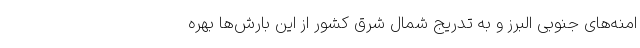
امنه‌های جنوبی البرز و به تدریج شمال شرق کشور از این بارش‌ها بهره